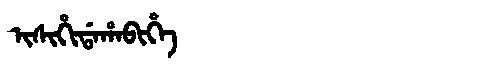
Manchu: ᡳᠰᡳᡥᡳᡩᠠᡥᠠᠪᡳᡥᡝ
Romanization: ISIHIDAHABIHE